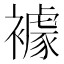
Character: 𧝲